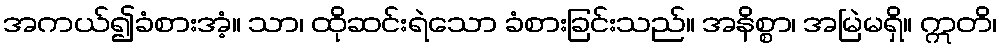
အကယ်၍ခံစားအံ့။ သာ၊ ထိုဆင်းရဲသော ခံစားခြင်းသည်။ အနိစ္စာ၊ အမြဲမရှိ။ ဣတိ၊